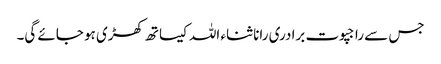
جس سے راجپوت برادری رانا ثناء اللہ کیساتھ کھڑی ہو جائے گی۔